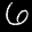
Label: 6